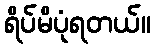
ရိပ်မိပုံရတယ်။